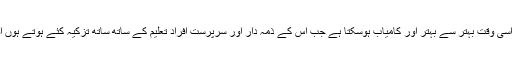
انسان ہو یا معاشرہ، گھر ہو یا ملک اسی وقت بہتر سے بہتر اور کامیاب ہوسکتا ہے جب اس کے ذمہ دار اور سرپرست افراد تعلیم کے ساتھ ساتھ تزکیہ کئے ہوتے ہوں اور اس راہ میں کوشش کررہے ہوں۔